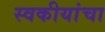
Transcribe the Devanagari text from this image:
स्वकीयांचा